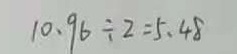
1 0 . 9 6 \div 2 = 5 . 4 8